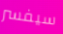
سيفسر